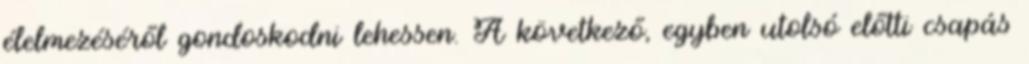
élelmezéséről gondoskodni lehessen. A következő, egyben utolsó előtti csapás